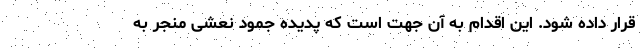
قرار داده شود. این اقدام به آن جهت است که پدیده جمود نعشی منجر به